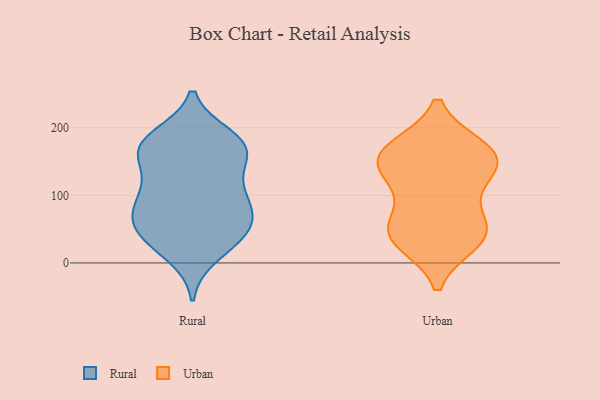
{"axis": {"x": "Population (Million)", "y": "Value"}, "legend": ["Rural", "Urban"], "data": [{"x": "", "y": 57, "type": "Rural"}, {"x": "", "y": 65, "type": "Rural"}, {"x": "", "y": 155, "type": "Rural"}, {"x": "", "y": 100, "type": "Rural"}, {"x": "", "y": 186, "type": "Rural"}, {"x": "", "y": 179, "type": "Rural"}, {"x": "", "y": 91, "type": "Rural"}, {"x": "", "y": 172, "type": "Rural"}, {"x": "", "y": 138, "type": "Rural"}, {"x": "", "y": 58, "type": "Rural"}, {"x": "", "y": 171, "type": "Rural"}, {"x": "", "y": 28, "type": "Rural"}, {"x": "", "y": 38, "type": "Rural"}, {"x": "", "y": 12, "type": "Rural"}, {"x": "", "y": 71, "type": "Rural"}, {"x": "", "y": 105, "type": "Rural"}, {"x": "", "y": 44, "type": "Rural"}, {"x": "", "y": 103, "type": "Rural"}, {"x": "", "y": 175, "type": "Rural"}, {"x": "", "y": 169, "type": "Rural"}, {"x": "", "y": 37, "type": "Urban"}, {"x": "", "y": 114, "type": "Urban"}, {"x": "", "y": 52, "type": "Urban"}, {"x": "", "y": 163, "type": "Urban"}, {"x": "", "y": 165, "type": "Urban"}, {"x": "", "y": 129, "type": "Urban"}, {"x": "", "y": 153, "type": "Urban"}, {"x": "", "y": 56, "type": "Urban"}, {"x": "", "y": 32, "type": "Urban"}, {"x": "", "y": 169, "type": "Urban"}, {"x": "", "y": 46, "type": "Urban"}, {"x": "", "y": 148, "type": "Urban"}]}